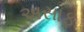
અસાફ